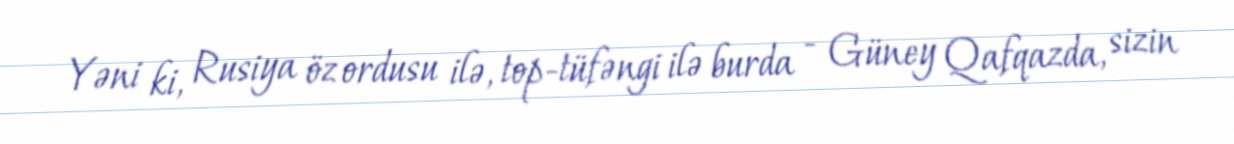
Yəni ki, Rusiya öz ordusu ilə, top-tüfəngi ilə burda - Güney Qafqazda, sizin